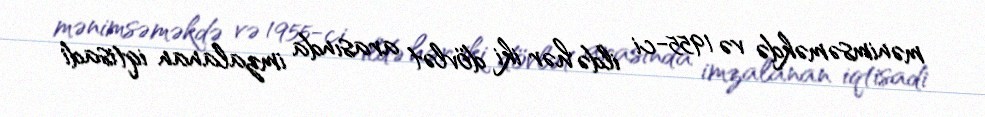
mənimsəməkdə və 1955-ci ildə hər iki dövlət arasında imzalanan iqtisadi